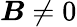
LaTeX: {\boldsymbol{\mathit{B}}}\neq0